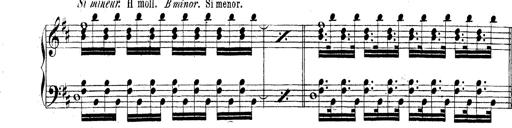
Title: Technische Studien
Composer: Franz Liszt